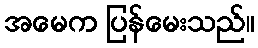
အမေက ပြန်မေးသည်။